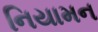
નિયામન